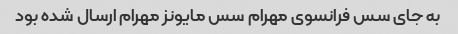
به جای سس فرانسوی مهرام سس مایونز مهرام ارسال شده بود